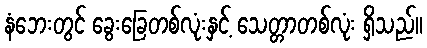
နံဘေးတွင် ခွေးခြေတစ်လုံးနှင့် သေတ္တာတစ်လုံး ရှိသည်။